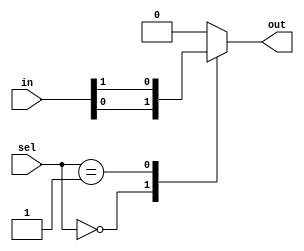
module mux512to1 (
    input [511:0] in,
    input [8:0] sel,
    output reg out
);

always @* begin
    case(sel)
        9'b000000000: out = in[0];
        9'b000000001: out = in[1];
        // Continue for all 512 input signals
        // Add more cases as needed
        default: out = 0; // Default output if no match
    endcase
end

endmodule